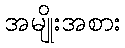
အမျိုးအစား